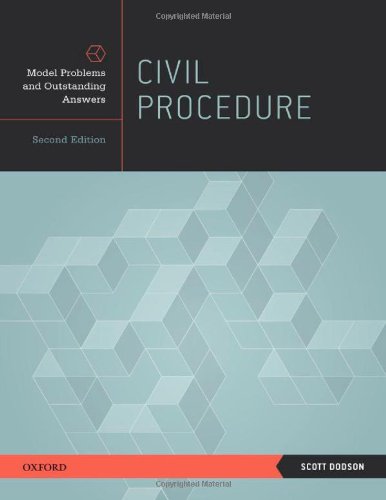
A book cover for Civil Procedure: Model Problems and Outstanding Answers; Scott Dodson; Law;